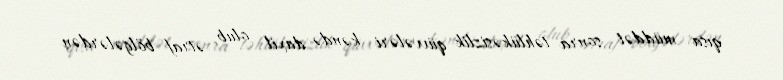
qısa müddət sonra təhlükəsizlik qüvvələri kəndə daxil olub, ətraf bölgələrdən